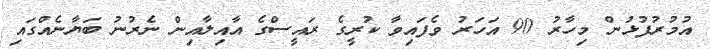
އުމުރުފުޅުން މިހާރު 90 އަހަރު ވެފައިވާ ކުރީގެ ރައީސްގެ އާއިލާއިން ނެރުނު ބަޔާނެއްގައި